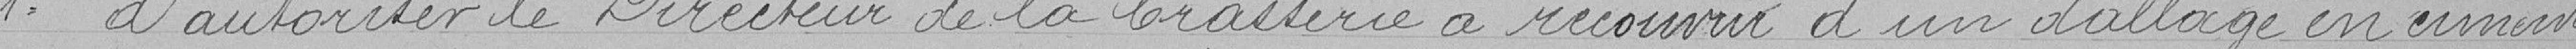
1° d'autoriser le Directeur de la brasserie à recouvrir d'un sablage en ciment